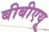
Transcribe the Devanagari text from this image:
बीबीएयू